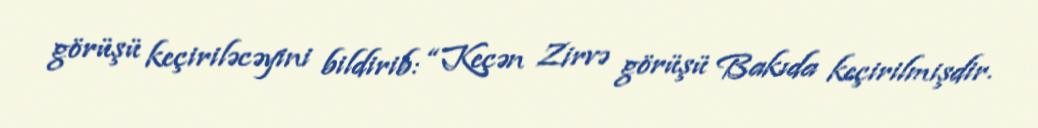
görüşü keçiriləcəyini bildirib: “Keçən Zirvə görüşü Bakıda keçirilmişdir.